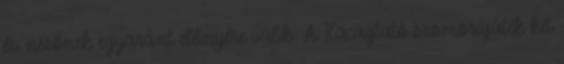
és nézőnek egyaránt előnyére válik. A Kacagtató szomorújáték két